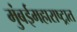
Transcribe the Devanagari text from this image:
मुंबईमहाराष्ट्रात